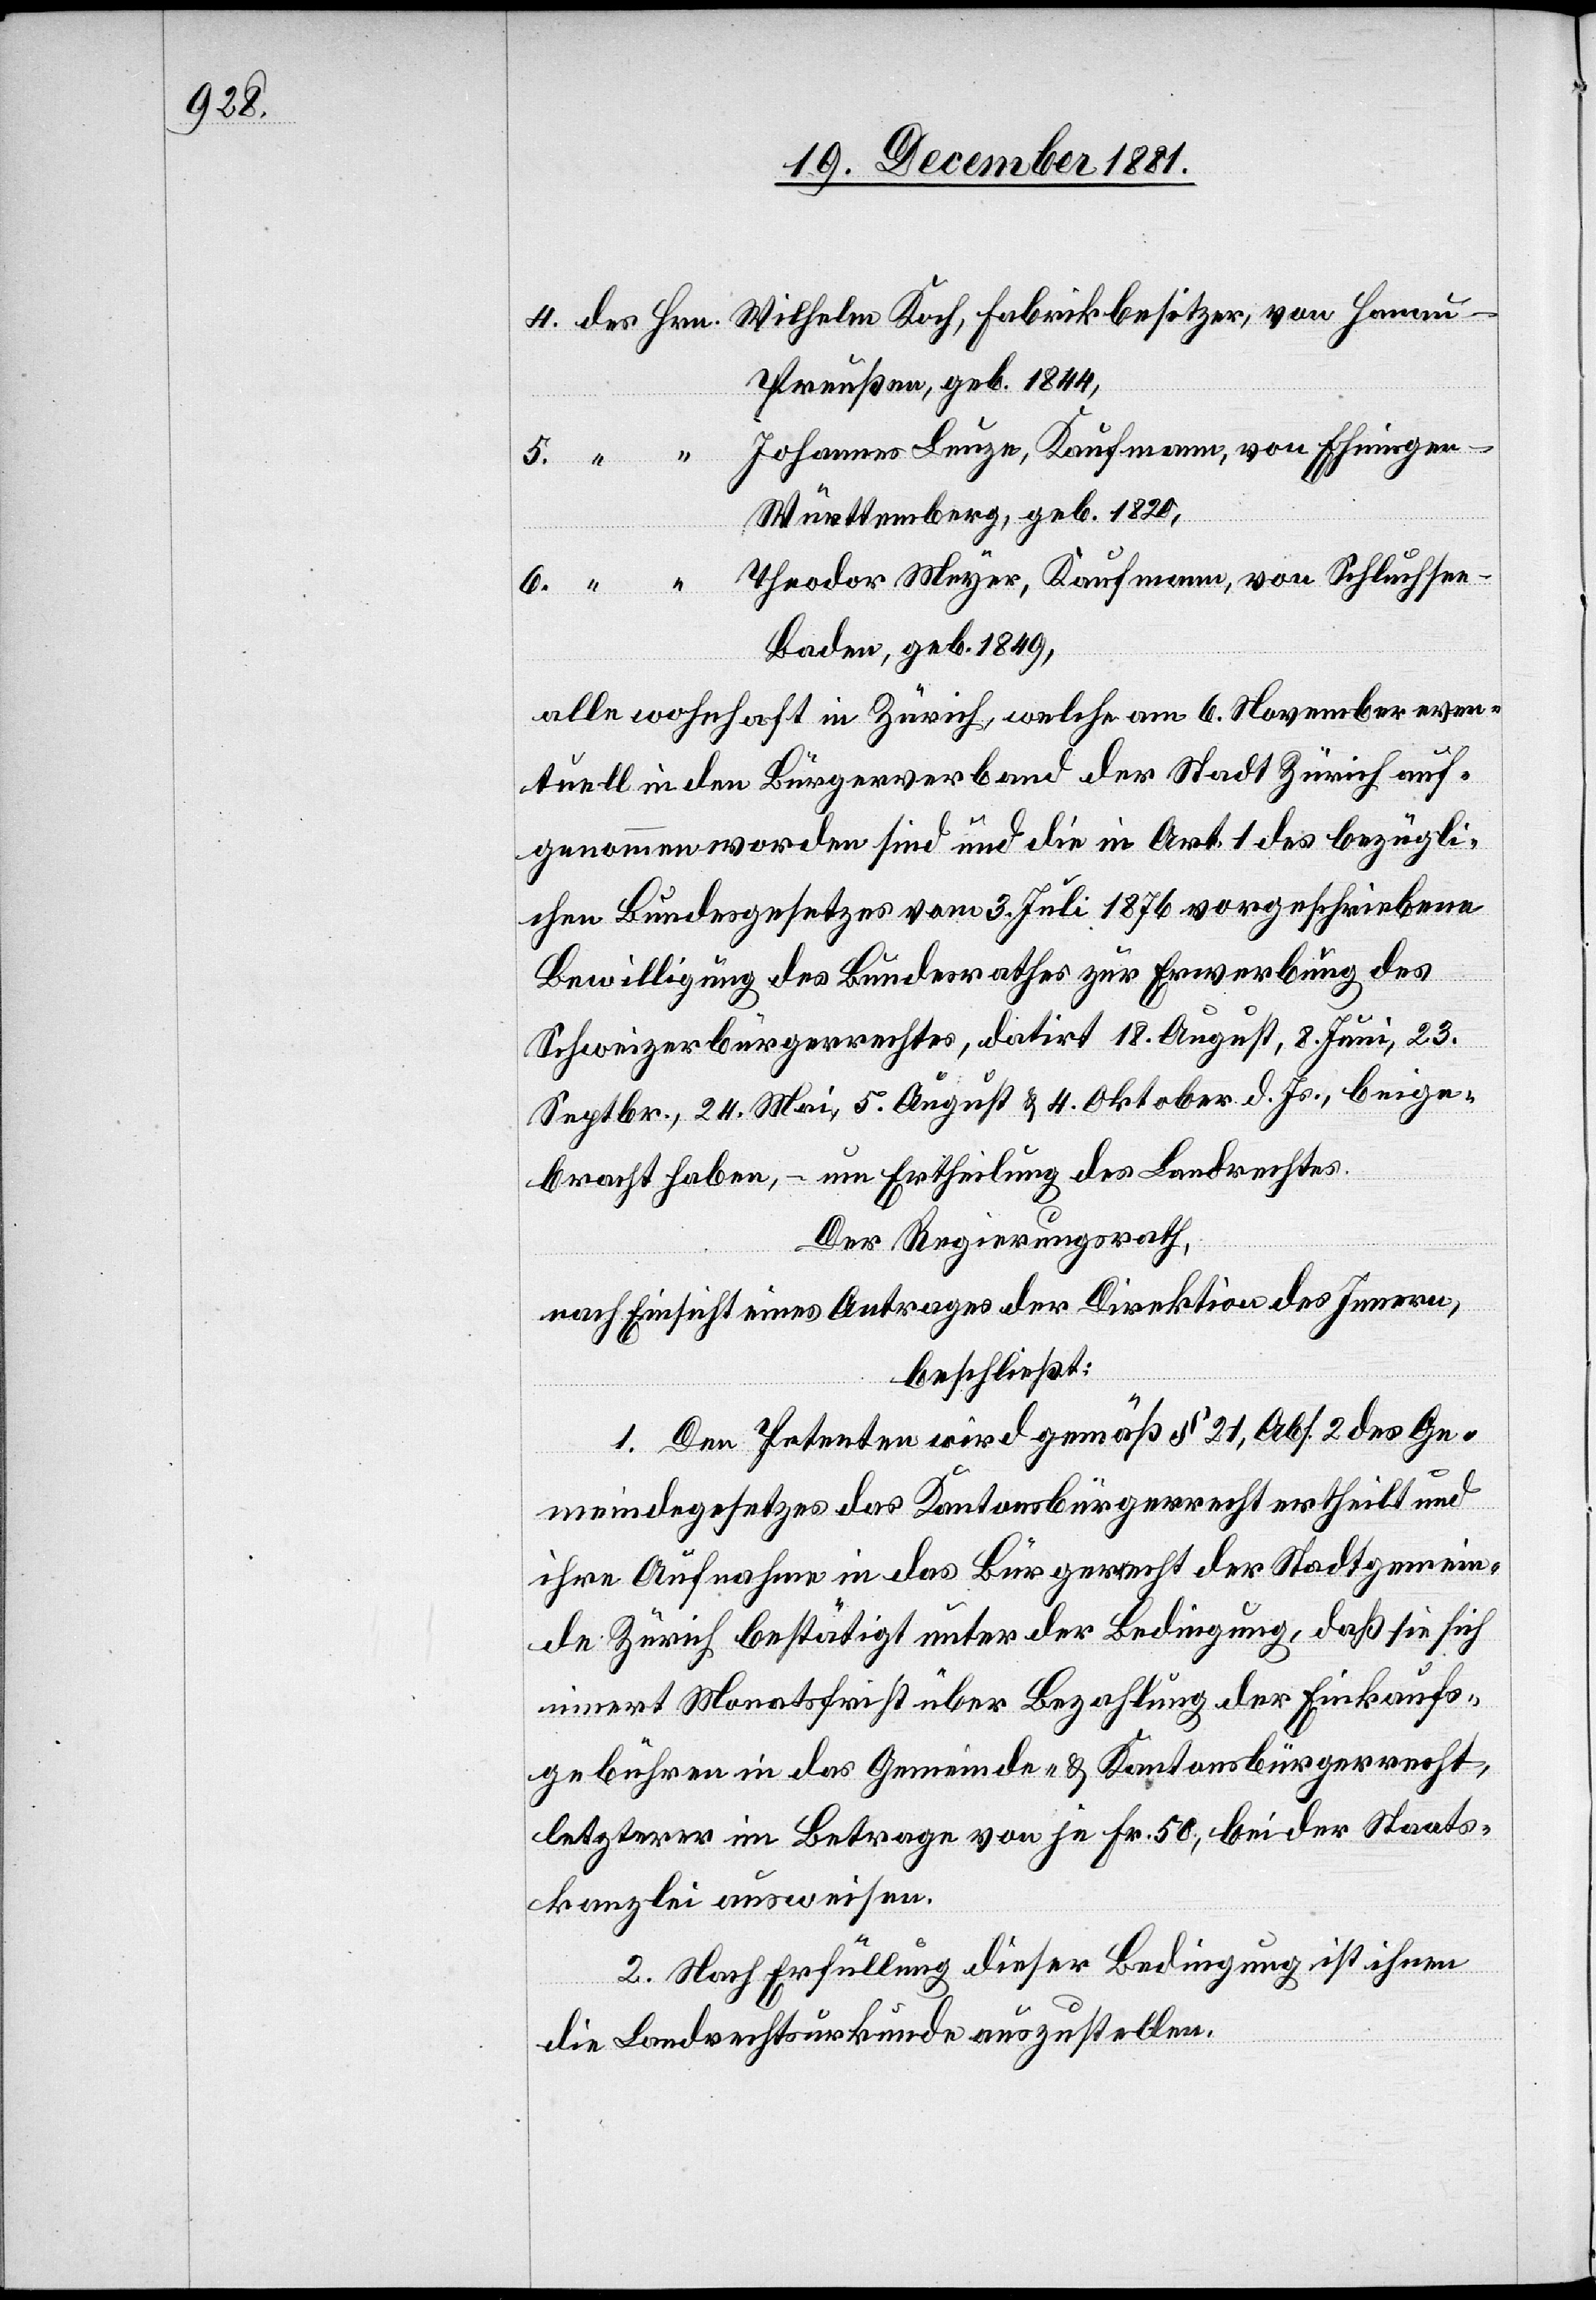
4.

Preußen, geb. 1844,
Johannes Leuze, Kaufmann, von Ehningen
Württemberg, geb. 1820,
Baden, geb. 1849,
alle wohnhaft in Zürich, welche am 6. November even¬
tuell in den Bürgerverband der Stadt Zürich auf¬
genommen worden sind und die in Art. 1 des bezügli¬
chen Bundesgesetzes vom 3. Juli 1876 vorgeschriebene
“
Bewilligung des Bundesrathes zur Erwerbung des
Schweizerbürgerrechtes, datirt 18. August, 8. Juni, 23.
Septbr., 24. Mai, 5. August & 4. Oktober d. Js., beige¬
bracht haben, – um Ertheilung des Landrechtes.
Der Regierungsrath,
nach Einsicht eines Antrages der Direktion des Innern,
beschließt:
1. Den Petenten wird gemäß § 21, Abs. 2 des Ge¬
meindegesetzes das Kantonsbürgerrecht ertheilt und
ihre Aufnahme in das Bürgerrecht der Stadtgemein¬
de Zürich bestätigt unter der Bedingung, daß sie sich
innert Monatsfrist über Bezahlung der Einkaufs¬
gebühren in das Gemeinde- & Kantonsbürgerrecht,
letzterer im Betrage von je Fr. 50, bei der Staats¬
kanzlei ausweisen.
2. Nach Erfüllung dieser Bedingung ist ihnen
die Landrechtsurkunde auszustellen.